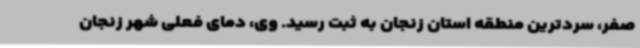
صفر، سردترین منطقه استان زنجان به ثبت رسید. وی، دمای فعلی شهر زنجان